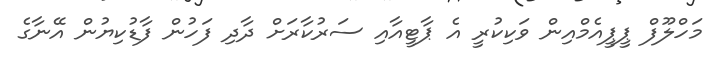
މަހްލޫފް ޕީޕީއެމްއިން ވަކިކުރީ އެ ޕާޓީއާއި ސަރުކާރަށް ދާދި ފަހުން ފާޑުކިޔުން އޭނާގެ